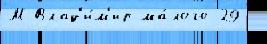
М Влад'и́м'ир ма́лого 29